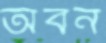
অবন